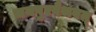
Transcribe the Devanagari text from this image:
जयपुरवैभवम्